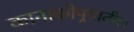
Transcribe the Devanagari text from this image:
कानाकोपर्‍यातील